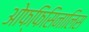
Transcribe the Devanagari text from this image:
ओफ्फिसिनालिस